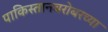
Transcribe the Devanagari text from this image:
पाकिस्तानबरोबरच्या